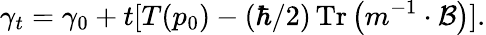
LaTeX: \gamma_{t}=\gamma_{0}+t[T(p_{0})-(\hbar/2)\operatorname{Tr}\left(m^{-1}\cdot\mathcal{B}\right)].